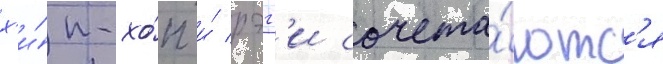
х'и́п-хо́п и́ рэгг'и сочета́ютс'я